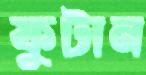
ফুটান